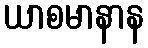
ယာစမာနာန